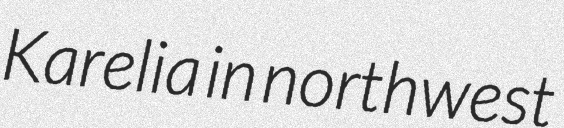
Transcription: Karelia in northwest